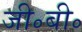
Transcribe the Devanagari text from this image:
जी॰बी॰